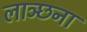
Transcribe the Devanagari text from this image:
लाञ्छना